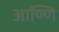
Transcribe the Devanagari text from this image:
आण्णि